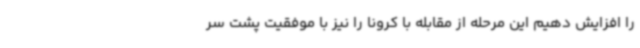
را افزایش دهیم این مرحله از مقابله با کرونا را نیز با موفقیت پشت سر